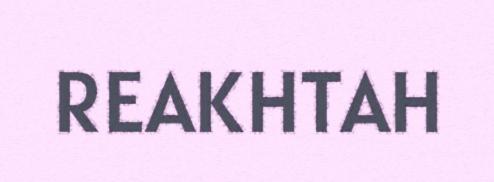
REAKHTAH